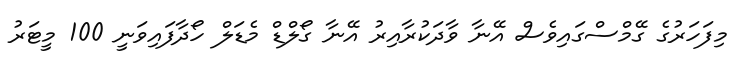
މިފަހަރުގެ ގޭމްސްގައިވެސް އޭނާ ވާދަކުރާއިރު އޭނާ ގޯލްޑް މެޑަލް ހޯދާފައިވަނީ 100 މީޓަރު